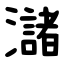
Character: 㶆